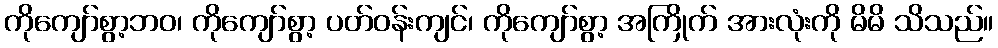
ကိုကျော်စွာ့ဘဝ၊ ကိုကျော်စွာ့ ပတ်ဝန်းကျင်၊ ကိုကျော်စွာ့ အကြိုက် အားလုံးကို မိမိ သိသည်။